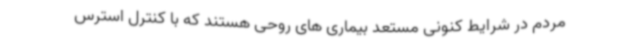
مردم در شرایط کنونی مستعد بیماری های روحی هستند که با کنترل استرس